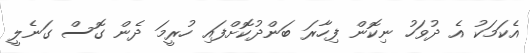
އެކަމަކު އެ ދުވަހު ނިކޮން ފިހާރަ ބަންދުކޮށްފައި ހުރީމަ ދެން ގޮސް ގަނެލީ